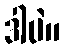
ဒါပဲ။